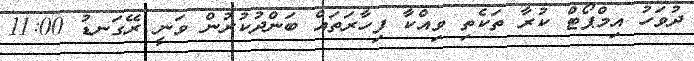
ދުވަހު އިމްޕޯޓް ކުރާ ތަކެތި ވިއްކާ ފިހާރަތައް ބަންދުކުރުން ވަނީ ރޭގަނޑު 11:00